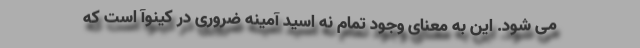
می شود. این به معنای وجود تمام نه اسید آمینه ضروری در کینوآ است که